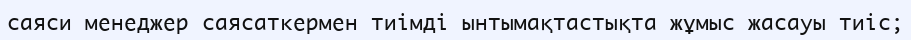
саяси менеджер саясаткермен тиімді ынтымақтастықта жұмыс жасауы тиіс;